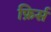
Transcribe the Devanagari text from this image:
फ़िर्स